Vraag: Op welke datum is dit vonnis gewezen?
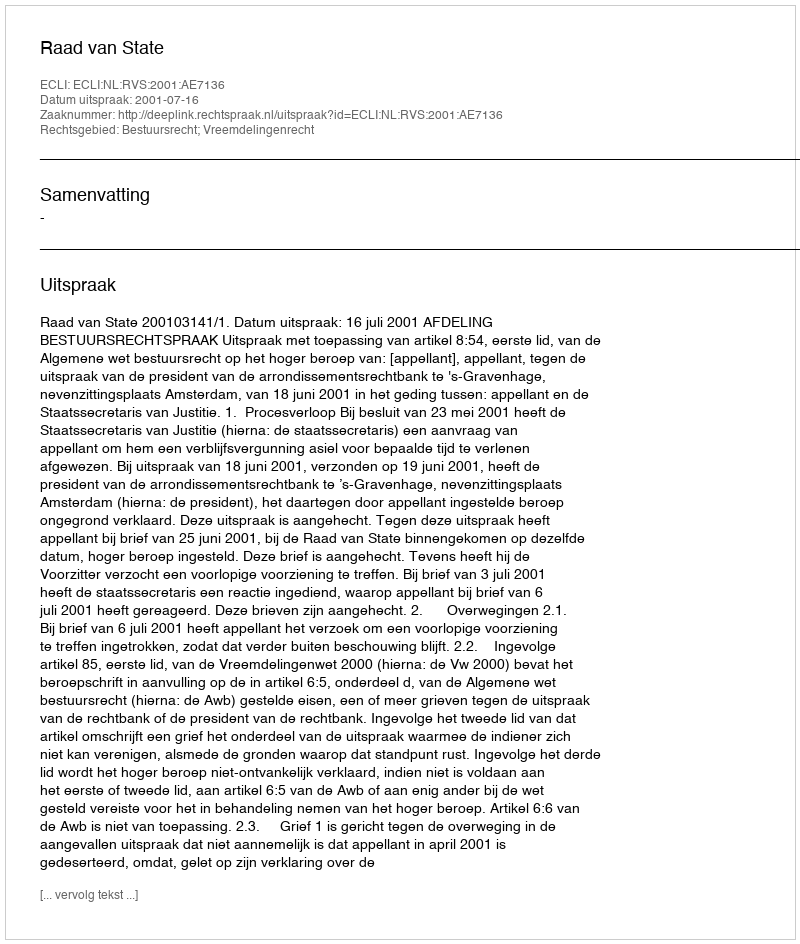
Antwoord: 2001-07-16